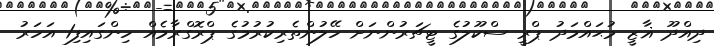
ދިއްދޫ ޣާޒީ މުޙައްމަދު ޕްރީ ސްކޫލުގެ ޓީޗަރުންނަށް ހޭލުންތެރިކުރުމުގެ ޕްރޮގްރާމެއް ހިންގައިފި1 އަހަރު